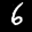
Label: 6